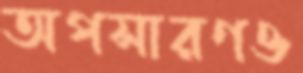
অপসারণও